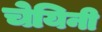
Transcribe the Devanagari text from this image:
चेयिनी